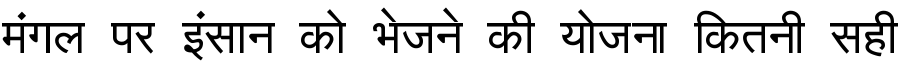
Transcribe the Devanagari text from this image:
मंगल पर इंसान को भेजने की योजना कितनी सही